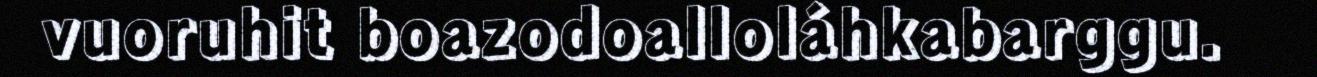
vuoruhit boazodoalloláhkabarggu.